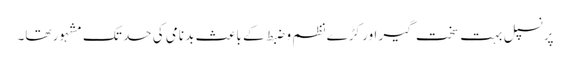
پرنسپل بہت سخت گیر اور کڑے نظم و ضبط کے باعث بد نامی کی حد تک مشہور تھا۔